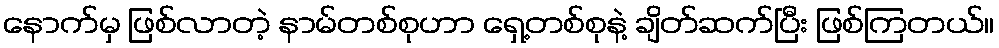
နောက်မှ ဖြစ်လာတဲ့ နာမ်တစ်စုဟာ ရှေ့တစ်စုနဲ့ ချိတ်ဆက်ပြီး ဖြစ်ကြတယ်။